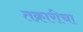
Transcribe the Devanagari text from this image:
तक्रारीचा